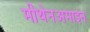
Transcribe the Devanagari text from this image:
मीथेनअमाइन